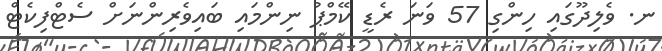
ނ. ވެލިދޫގައި ހިންގި 57 ވަނަ ރެޑީ ކޭމްޕު ނިންމައި ބައިވެރިންނަށް ސެޓްފިކެޓް